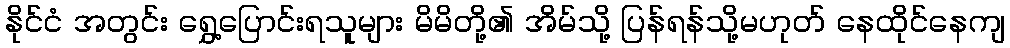
နိုင်ငံ အတွင်း ရွှေ့ပြောင်းရသူများ မိမိတို့၏ အိမ်သို့ ပြန်ရန်သို့မဟုတ် နေထိုင်နေကျ